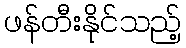
ဖန်တီးနိုင်သည့်